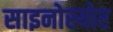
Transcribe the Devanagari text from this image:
साइनोस्योर